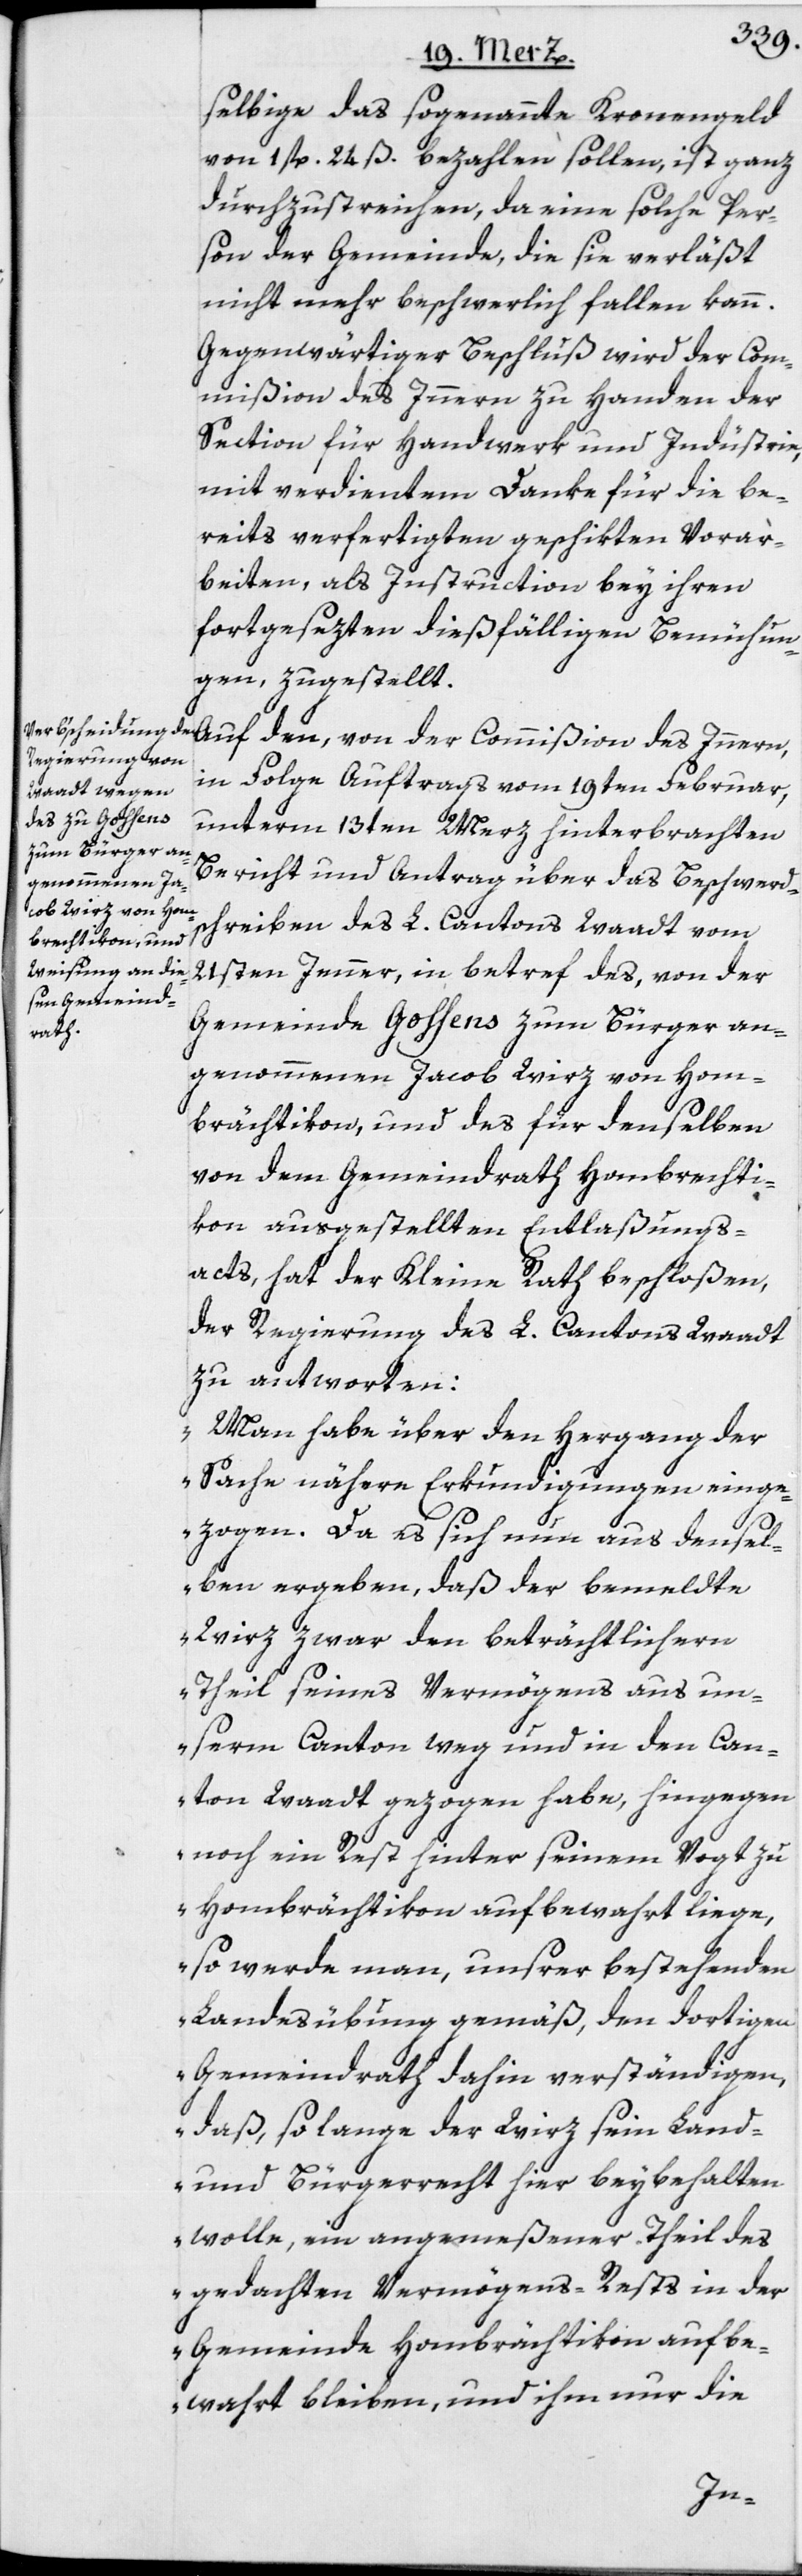
selbige das sogenannte Kronengeld
von 1 fl. 24 ß. bezahlen sollen, ist ganz
durchzustreichen, da eine solche Per¬
son der Gemeinde, die sie verläßt
nicht mehr beschwerlich fallen kann.
Gegenwärtiger Beschluß wird der Com¬
mißion des Innern zu Handen der
Section für Handwerk und Industrie,
mit verdientem Danke für die be¬
reits verfertigten geschikten Vorar¬
beiten, als Instruction bey ihren
fortgesezten dießfälligen Bemühun¬
gen, zugestellt.
in Folge Auftrags vom 19ten Februar,
unterm 13ten Merz hinterbrachten
Bericht und Antrag über das Beschwerd¬
schreiben des L. Cantons Waadt vom
21sten Jenner, in betref des, von der
Gemeinde Gossens zum Bürger an¬
genommenen Jacob Wirz von Hom¬
brächtikon, und des für denselben
von dem Gemeindrath Hombrechti¬
kon ausgestellten Entlaßungs¬
acts, hat der Kleine Rath beschloßen,
der Regierung des L. Cantons Waadt
zu antworten:
„Man habe über den Hergang der
Sache nähere Erkundigungen einge¬
zogen. Da es sich nun aus dense¬
lben ergeben, daß der bemeldte
Wirz zwar den beträchtlichern
Theil seines Vermögens aus un¬
serm Canton weg und in den Can¬
ton Waadt gezogen habe, hingegen
noch ein Rest hinter seinem Vogt zu
Hombrächtikon aufbewahrt liege,
so werde man, unsrer bestehenden
Landesübung gemäß, den dortigen
Gemeindrath dahin verständigen,
daß, so lange der Wirz sein Land-
und Bürgerrecht hier beybehalten
wolle, ein angemeßener Theil des
gedachten Vermögens-Rests in der
Gemeinde Hombrächtikon aufbe¬
wahrt bleiben, und ihm nur die